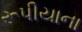
રૂપીયાના